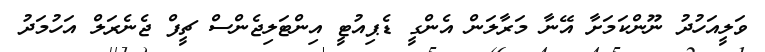
ވަލީއަހުދު ނޫންކަމަށާ އޭނާ މަރާލަން އެންގީ ޑެޕިއުޓީ އިންޓަލިޖެންސް ޗީފް ޖެނެރަލް އަހުމަދު